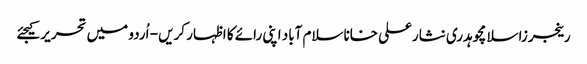
رینجرزاسلامچوہدری نثارعلی خاناسلام آباد اپنی رائے کا اظہار کریں - اُردو میں تحریر کیجئے